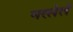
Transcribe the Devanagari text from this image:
भरलेलें